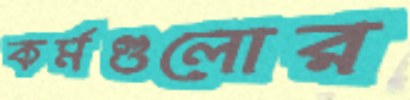
কর্মগুলোর